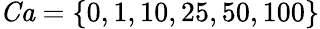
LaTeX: \mathit{Ca}=\{ 0,1,10,25,50,100\}